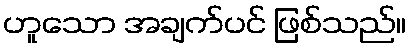
ဟူသော အချက်ပင် ဖြစ်သည်။